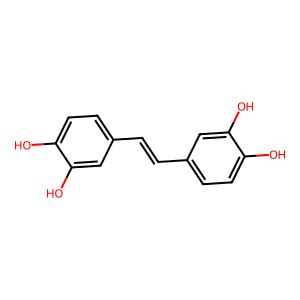
SMILES: Oc1ccc(C=Cc2ccc(O)c(O)c2)cc1O
Inhibits HIV replication: No